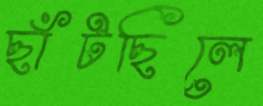
ছাঁটছিলে